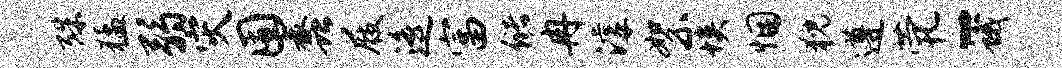
殊猛弱灾囿蠡屐遥富储冉滹絮埃悃猊遵茕-蛾